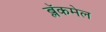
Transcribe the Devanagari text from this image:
ब्लॅकमेल